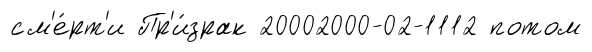
см'е́рт'и Пр'и́зрак 20002000-02-1112 потом